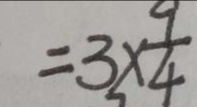
\cdot : 8 x = 3 \times \frac { 9 } { 4 }